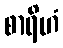
စာရိဟံ